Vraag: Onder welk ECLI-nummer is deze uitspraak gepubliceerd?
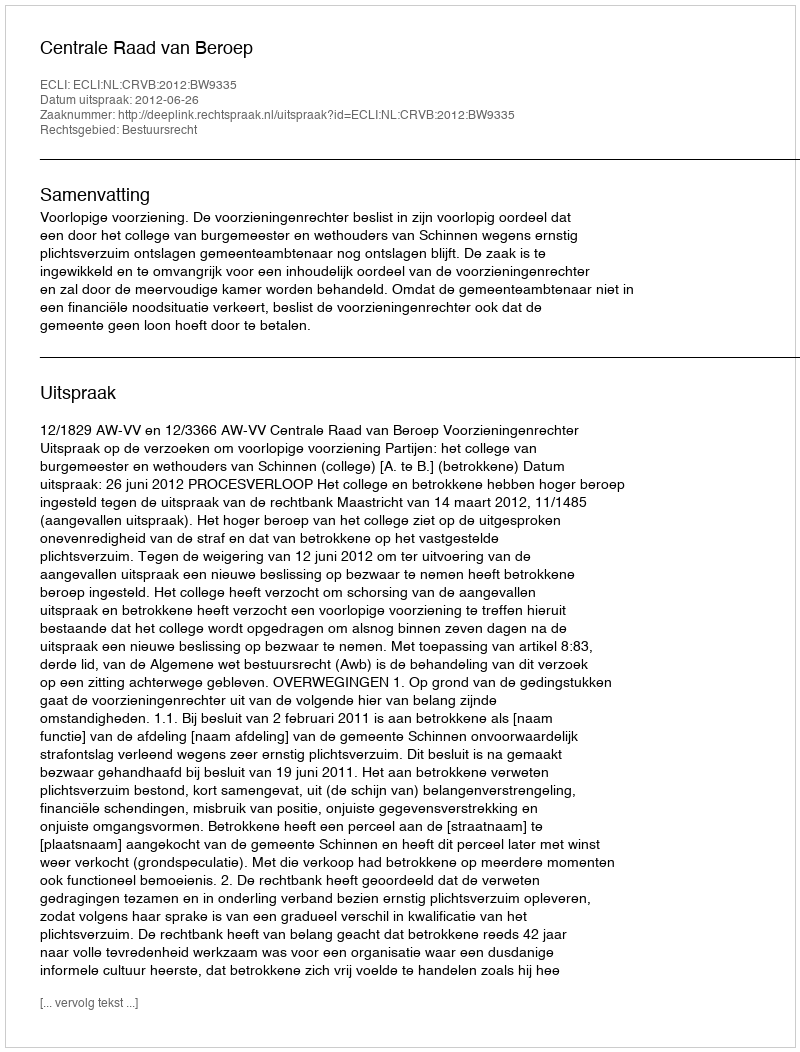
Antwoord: ECLI:NL:CRVB:2012:BW9335